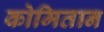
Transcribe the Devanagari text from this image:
कोमितान